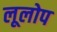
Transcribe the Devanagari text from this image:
लूलोप